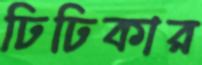
ঢিঢিকার